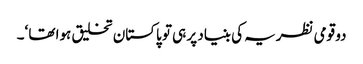
دو قومی نظریہ کی بنیاد پر ہی تو پاکستان تخلیق ہوا تھا ‘۔